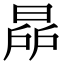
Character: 𣇯